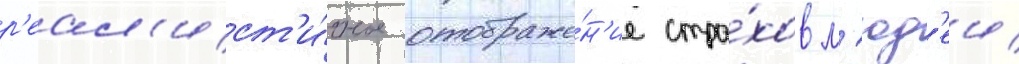
р'еал'ист'и́чное отображе́н'ие стра́хов л'юд'еи